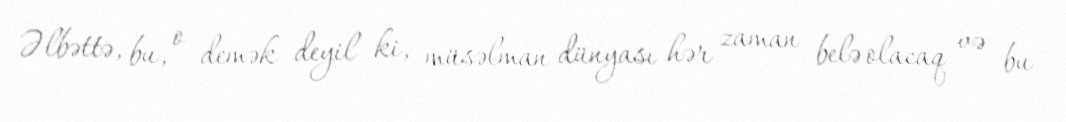
Əlbəttə, bu, o demək deyil ki, müsəlman dünyası hər zaman belə olacaq və bu